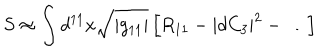
LaTeX: S \approx \int d ^ { 1 1 } x \sqrt { | g _ { 1 1 } | } \left[ R _ { 1 1 } - | d C _ { 3 } | ^ { 2 } - \ldots \right]